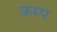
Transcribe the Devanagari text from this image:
कम्‍प